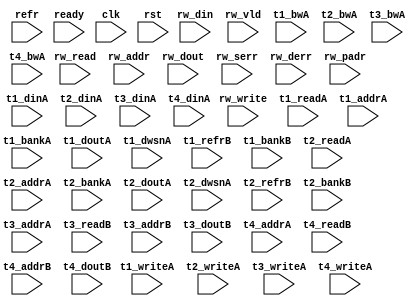
/*
 * Copyright (C) 2011 Memoir Systems Inc. These coded instructions, statements, and computer programs are
 * Confidential Proprietary Information of Memoir Systems Inc. and may not be disclosed to third parties
 * or copied in any form, in whole or in part, without the prior written consent of Memoir Systems Inc.
 * 
 * Generated File by Ipgen. Version: 3.1.UNKNOWN Date: Wed 2012.03.07 at 08:01:10 PM IST
 * */

module algo_1rw_a26_sva_wrap
#(parameter IP_WIDTH = 32, parameter IP_BITWIDTH = 5, parameter IP_DECCBITS = 7, parameter IP_NUMADDR = 8192, parameter IP_BITADDR = 13, 
parameter IP_NUMVBNK = 4,	parameter IP_BITVBNK = 2, parameter IP_BITPBNK = 3, parameter IP_NUMVROW = 32, parameter IP_BITVROW = 5,
parameter IP_ENAECC = 0, parameter IP_ENAPAR = 0, parameter IP_SECCBITS = 4, parameter IP_SECCDWIDTH = 3, 
parameter FLOPECC = 0, parameter FLOPIN = 0, parameter FLOPOUT = 0, parameter FLOPCMD = 0, parameter FLOPMEM = 0,
parameter IP_REFRESH = 1, parameter IP_REFFREQ = 6,  parameter IP_REFFRHF = 0,

parameter T1_WIDTH = 32, parameter T1_NUMVBNK = 1, parameter T1_BITVBNK = 1, parameter T1_DELAY = 3, parameter T1_NUMVROW = 8192, parameter T1_BITVROW = 13,
parameter T1_BITWSPF = 0, parameter T1_NUMWRDS = 1, parameter T1_BITWRDS = 1, parameter T1_NUMSROW = 2048, parameter T1_BITSROW = 11, parameter T1_PHYWDTH = 32,
parameter T1_NUMRBNK = 4, parameter T1_BITRBNK = 2, parameter T1_NUMRROW = 256, parameter T1_BITRROW = 8, parameter T1_NUMPROW = 8192, parameter T1_BITPROW = 13,
parameter T1_M_NUMVBNK = 4, parameter T1_M_BITVBNK = 2, parameter T1_ISDCR = 0,
parameter T1_BITDWSN = 8, 
parameter T1_NUMDWS0 = 0, parameter T1_NUMDWS1 = 0, parameter T1_NUMDWS2 = 0, parameter T1_NUMDWS3 = 0,
parameter T1_NUMDWS4 = 0, parameter T1_NUMDWS5 = 0, parameter T1_NUMDWS6 = 0, parameter T1_NUMDWS7 = 0,
parameter T1_NUMDWS8 = 0, parameter T1_NUMDWS9 = 0, parameter T1_NUMDWS10 = 0, parameter T1_NUMDWS11 = 0,
parameter T1_NUMDWS12 = 0, parameter T1_NUMDWS13 = 0, parameter T1_NUMDWS14 = 0, parameter T1_NUMDWS15 = 0,
parameter T2_WIDTH = 32, parameter T2_NUMVBNK = 1, parameter T2_BITVBNK = 1, parameter T2_DELAY = 2, parameter T2_NUMVROW = 8192, parameter T2_BITVROW = 13,
parameter T2_BITWSPF = 0, parameter T2_NUMWRDS = 1, parameter T2_BITWRDS = 1, parameter T2_NUMSROW = 8192, parameter T2_BITSROW = 13, parameter T2_PHYWDTH = 32,
parameter T2_NUMRBNK = 4, parameter T2_BITRBNK = 2, parameter T2_NUMRROW = 256, parameter T2_BITRROW = 8, parameter T2_NUMPROW = 8192, parameter T2_BITPROW = 13,
parameter T2_M_NUMVBNK = 4, parameter T2_M_BITVBNK = 2, parameter T2_ISDCR = 0,
parameter T2_BITDWSN = 8, 
parameter T2_NUMDWS0 = 0, parameter T2_NUMDWS1 = 0, parameter T2_NUMDWS2 = 0, parameter T2_NUMDWS3 = 0,
parameter T2_NUMDWS4 = 0, parameter T2_NUMDWS5 = 0, parameter T2_NUMDWS6 = 0, parameter T2_NUMDWS7 = 0,
parameter T2_NUMDWS8 = 0, parameter T2_NUMDWS9 = 0, parameter T2_NUMDWS10 = 0, parameter T2_NUMDWS11 = 0,
parameter T2_NUMDWS12 = 0, parameter T2_NUMDWS13 = 0, parameter T2_NUMDWS14 = 0, parameter T2_NUMDWS15 = 0,
parameter T3_WIDTH = 10, parameter T3_NUMVBNK = 1, parameter T3_BITVBNK = 1, parameter T3_DELAY = 2, parameter T3_NUMVROW = 2048, parameter T3_BITVROW = 11,
parameter T3_BITWSPF = 0, parameter T3_NUMWRDS = 1, parameter T3_BITWRDS = 1, parameter T3_NUMSROW = 2048, parameter T3_BITSROW = 11, parameter T3_PHYWDTH = 10, 
parameter T4_WIDTH = 32, parameter T4_NUMVBNK = 1, parameter T4_BITVBNK = 1, parameter T4_DELAY = 2, parameter T4_NUMVROW = 2048, parameter T4_BITVROW = 11,
parameter T4_BITWSPF = 0, parameter T4_NUMWRDS = 1, parameter T4_BITWRDS = 1, parameter T4_NUMSROW = 2048, parameter T4_BITSROW = 11, parameter T4_PHYWDTH = 32
)
						(refr, rw_read, rw_write, rw_addr, rw_din, rw_vld, rw_dout, rw_serr, rw_derr, rw_padr,
                              ready, clk, rst,
                              t1_readA, t1_writeA, t1_addrA, t1_bankA, t1_bwA, t1_dinA, t1_doutA, t1_dwsnA, t1_refrB, t1_bankB,
                              t2_readA, t2_writeA, t2_addrA, t2_bankA, t2_bwA, t2_dinA, t2_doutA, t2_dwsnA, t2_refrB, t2_bankB,
                              t3_writeA, t3_addrA, t3_dinA, t3_bwA, t3_readB, t3_addrB, t3_doutB,
                              t4_writeA, t4_addrA, t4_dinA, t4_bwA, t4_readB, t4_addrB, t4_doutB);
							  

  parameter WIDTH = IP_WIDTH;			
  parameter BITWDTH = IP_BITWIDTH;
  parameter NUMADDR = IP_NUMADDR;
  parameter BITADDR = IP_BITADDR;

  parameter NUMVBNK = T1_M_NUMVBNK;
  parameter BITVBNK = T1_M_BITVBNK;
  parameter NUMVROW = IP_NUMVROW;
  parameter BITVROW = IP_BITVROW;

  parameter NUMMBNK = T1_NUMVBNK;
  parameter BITMBNK = T1_BITVBNK;
  parameter BITPBNK = IP_BITPBNK;
  parameter NUMMROW = T1_NUMVROW;
  parameter BITMROW = T1_BITVROW;

  parameter NUMWRDS = T1_NUMWRDS;
  parameter BITWRDS = T1_BITWRDS;
  parameter NUMSROW = T1_NUMSROW;
  parameter BITSROW = T1_BITSROW;

  parameter REFRESH = IP_REFRESH;
  parameter NUMRBNK = T1_NUMRBNK;
  parameter BITWSPF = T1_BITWSPF;
  parameter BITRBNK = T1_BITRBNK;
  parameter NUMRROW = T1_NUMRROW;
  parameter BITRROW = T1_BITRROW;
  parameter REFFREQ = IP_REFFREQ;

  parameter ECCBITS = IP_SECCBITS;
  parameter PARITY = 1;
  parameter PHYWDTH = T1_PHYWDTH;

  parameter SRAM_DELAY = T3_DELAY;
  parameter DRAM_DELAY = T1_DELAY;
  
  parameter BITDWSN = T1_BITDWSN;		//DWSN Parameters
  parameter NUMDWS0 = T1_NUMDWS0;
  parameter NUMDWS1 = T1_NUMDWS1;
  parameter NUMDWS2 = T1_NUMDWS2;
  parameter NUMDWS3 = T1_NUMDWS3;
  parameter NUMDWS4 = T1_NUMDWS4;
  parameter NUMDWS5 = T1_NUMDWS5;
  parameter NUMDWS6 = T1_NUMDWS6;
  parameter NUMDWS7 = T1_NUMDWS7;
  parameter NUMDWS8 = T1_NUMDWS8;
  parameter NUMDWS9 = T1_NUMDWS9;
  parameter NUMDWS10 = T1_NUMDWS10;
  parameter NUMDWS11 = T1_NUMDWS11;
  parameter NUMDWS12 = T1_NUMDWS12;
  parameter NUMDWS13 = T1_NUMDWS13;
  parameter NUMDWS14 = T1_NUMDWS14;
  parameter NUMDWS15 = T1_NUMDWS15;
                                   
  parameter SDOUT_WIDTH = 2*(BITVBNK+1)+ECCBITS;
  parameter MEMWDTH = WIDTH+PARITY;
  parameter BITPADR = BITPBNK+BITVBNK+BITWRDS+BITSROW+2;

  input                        refr;

  input                        rw_read;
  input                        rw_write;
  input [BITADDR-1:0]          rw_addr;
  input [WIDTH-1:0]            rw_din;
  input                       rw_vld;
  input [WIDTH-1:0]           rw_dout;
  input                       rw_serr;
  input                       rw_derr;
  input [BITPADR-1:0]         rw_padr;

  input                       ready;
  input                        clk;
  input                        rst;

  input [NUMMBNK-1:0] t1_readA;
  input [NUMMBNK-1:0] t1_writeA;
  input [NUMMBNK*BITSROW-1:0] t1_addrA;
  input [NUMMBNK*BITVBNK-1:0] t1_bankA;
  input [NUMMBNK*PHYWDTH-1:0] t1_bwA;
  input [NUMMBNK*PHYWDTH-1:0] t1_dinA;
  input  [NUMMBNK*PHYWDTH-1:0] t1_doutA;
  input [NUMMBNK*BITDWSN-1:0] t1_dwsnA;

  input [NUMMBNK-1:0] t1_refrB;
  input [NUMMBNK*BITRBNK-1:0] t1_bankB;

  input [1-1:0] t2_readA;
  input [1-1:0] t2_writeA;
  input [1*BITVBNK-1:0] t2_bankA;
  input [1*BITSROW-1:0] t2_addrA;
  input [1*PHYWDTH-1:0] t2_bwA;
  input [1*PHYWDTH-1:0] t2_dinA;
  input  [1*PHYWDTH-1:0] t2_doutA;
  input [1*BITDWSN-1:0] t2_dwsnA;

  input [1-1:0] t2_refrB;
  input [1*BITRBNK-1:0] t2_bankB;

  input [1-1:0] t3_writeA;
  input [1*BITVROW-1:0] t3_addrA;
  input [1*SDOUT_WIDTH-1:0] t3_dinA;
  input [1*SDOUT_WIDTH-1:0] t3_bwA;

  input [1-1:0] t3_readB;
  input [1*BITVROW-1:0] t3_addrB;
  input [1*SDOUT_WIDTH-1:0] t3_doutB;

  input [1-1:0] t4_writeA;
  input [1*BITVROW-1:0] t4_addrA;
  input [1*WIDTH-1:0] t4_dinA;
  input [1*WIDTH-1:0] t4_bwA;

  input [1-1:0] t4_readB;
  input [1*BITVROW-1:0] t4_addrB;
  input [1*WIDTH-1:0] t4_doutB;
  
endmodule